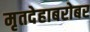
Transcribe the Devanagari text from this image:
मृतदेहाबरोबर